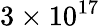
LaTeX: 3\times 10^{17}